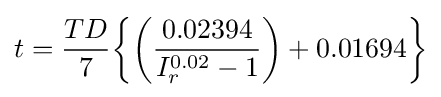
t={\frac {TD}{7}}{\biggl \{}{\biggl (}{\frac {0.02394}{I_{r}^{0.02}-1}}{\biggl )}+0.01694{\biggl \}}